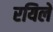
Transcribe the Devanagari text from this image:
रयिले